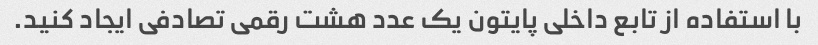
با استفاده از تابع داخلی پایتون یک عدد هشت رقمی تصادفی ایجاد کنید.